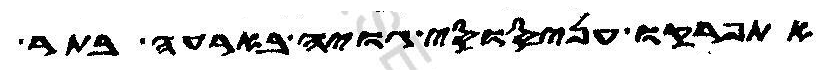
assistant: אתפרקו עניסוסי גויה בארעה בתר